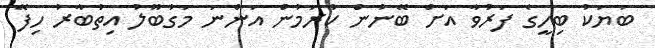
ބަޔަކު ބިހީގެ ފަރުވާ އަށް ބޭނުން ކުރަމުން އަންނަ މަގުބޫލު އިތުބާރު ހިފޭ